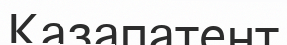
Казапатент